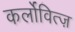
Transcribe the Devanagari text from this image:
कर्लोवित्ज़